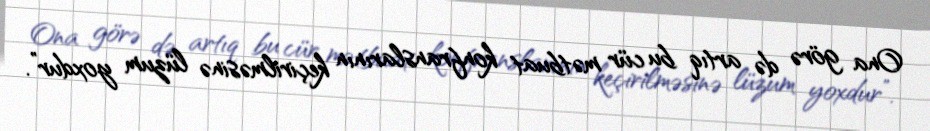
Ona görə də artıq bu cür mətbuat konfranslarının keçirilməsinə lüzum yoxdur”.